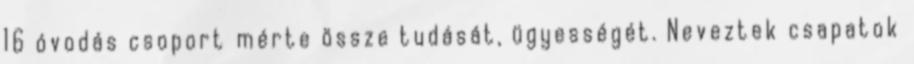
16 óvodás csoport mérte össze tudását, ügyességét. Neveztek csapatok